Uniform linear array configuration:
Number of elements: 8
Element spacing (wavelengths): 0.5
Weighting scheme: binomial
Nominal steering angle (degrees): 30
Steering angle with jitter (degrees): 30.774
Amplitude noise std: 0.05
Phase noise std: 0.05

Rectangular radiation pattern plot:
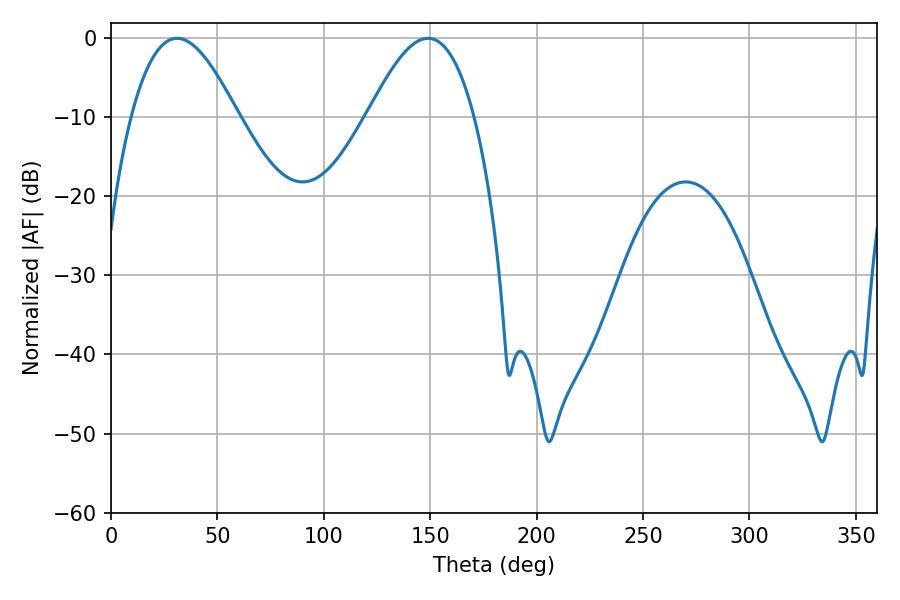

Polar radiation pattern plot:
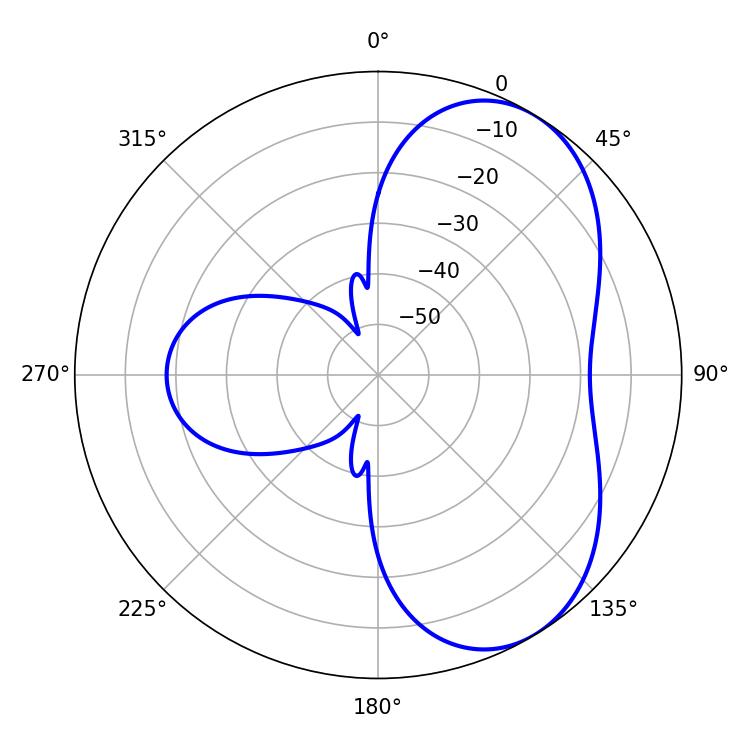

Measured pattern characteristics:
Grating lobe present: FALSE
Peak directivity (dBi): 5.517
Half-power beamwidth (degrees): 27.18
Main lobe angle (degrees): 31.14